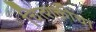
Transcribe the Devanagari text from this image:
चित्शक्तीचा